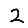
Digit: 2